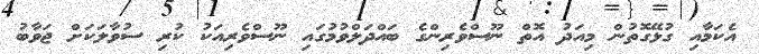
އެކަމާއި ގުޅޭގޮތުން މިއަދު އޮތް ނޫސްވެރިންގެ ބައްދަލްވުމުގައި ނޫސްވެރިއަކު ކުރި ސުވާލަކަށް ޖަވާބު